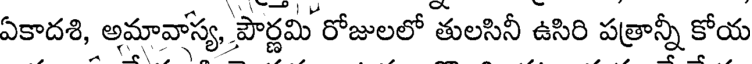
ఏకాదశి, అమావాస్య, పౌర్ణమి రోజులలో తులసినీ ఉసిరి పత్రాన్నీ కోయ